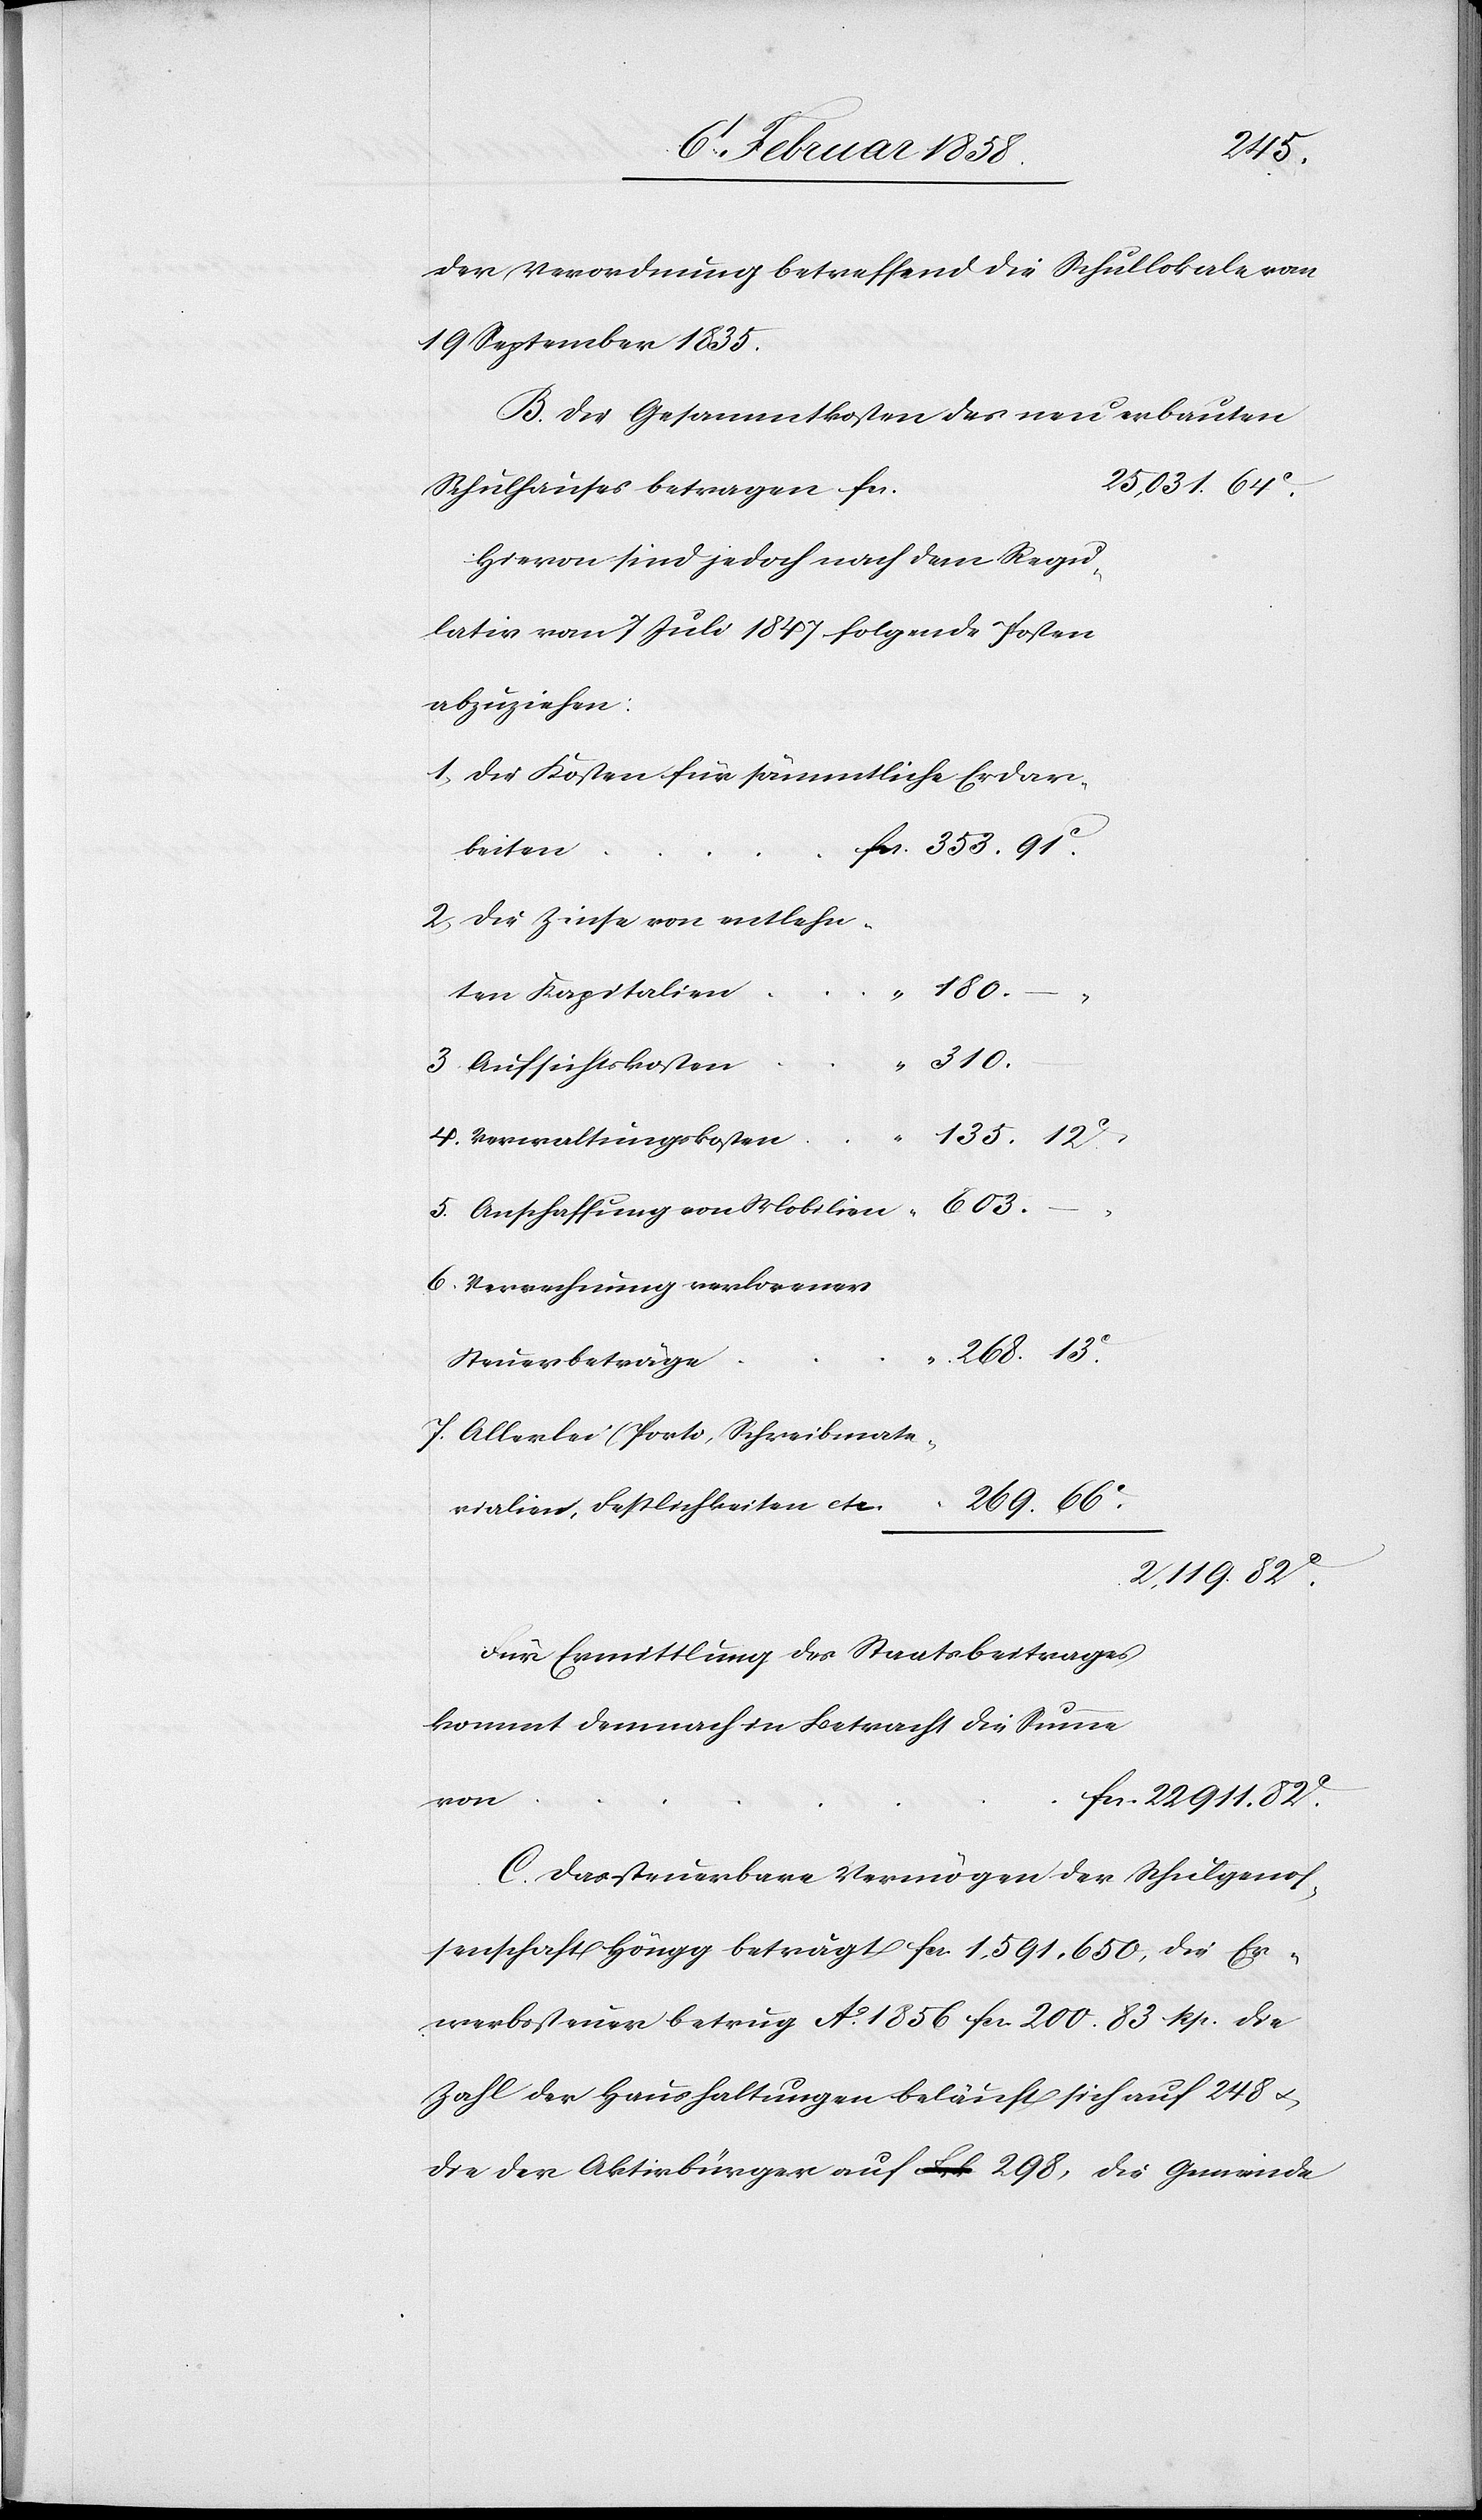
13
der Verordnung betreffend die Schullokale vom
19 September 1835.
B. Die Gesammtkosten des neu erbauten
Schulhauses betragen fcs.
Hievon sind jedoch nach dem Regu¬
lativ vom 7 Juli 1847 folgende Posten
abzuziehen:
1. Die Kosten für sämmtliche Erdar¬
beiten
2. Die Zinse von entlehn¬
ten Kapitalien
fcs
82
3. Aufsichtskosten
4. Verwaltungskosten
5. Anschaffung von Mobilien
6. Verrechnung verlorener
Steuerbeträge
7. Allerlei (Porto, Schreibmate¬
rialien, Festlichkeiten etc.[)]
2,119.
Für Ermittlung des Staatsbeitrages
kommt demnach in Betracht die Summe
von
C. Das steuerbare Vermögen der Schulgenos¬
senschaft Höngg beträgt fcs. 1,591,650, die Er¬
werbssteuer betrug Ao 1856 fcs. 200. 83. Rp. die
Zahl der Haushaltungen beläuft sich auf 248 u.
die der Aktivbürger auf 298, die Gemeinde